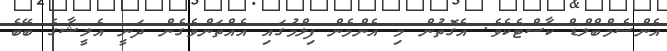
އެންސެމްބްލްޑް ކާސްޓެކެވެ. އެގޮތުން މި އެންމެން ފިލްމުގައި އެއްތަންވެގެން ދަނީ އެލީޝާގެ ބޭބެ